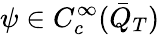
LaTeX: \psi\in C_{c}^{\infty}(\bar{Q}_{T})